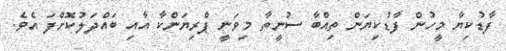
ފާޑުކިޔާ މީހުން ފާޑުކިޔަން ތިއްބާ ސުނީތާ މިވަނީ ޕްރިޔަންކާ އާއި ބައްދަލުކޮށްފަ އެވެ.